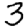
Digit: 3